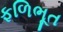
ફળિભૂત